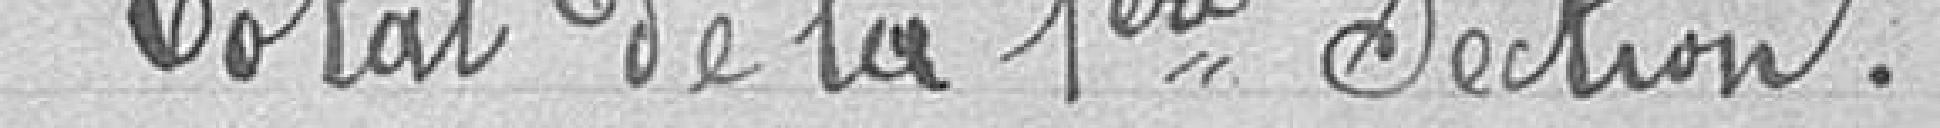
Total de la 1ere section.